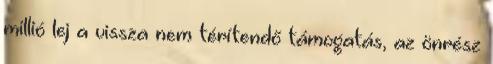
millió lej a vissza nem térítendő támogatás, az önrész